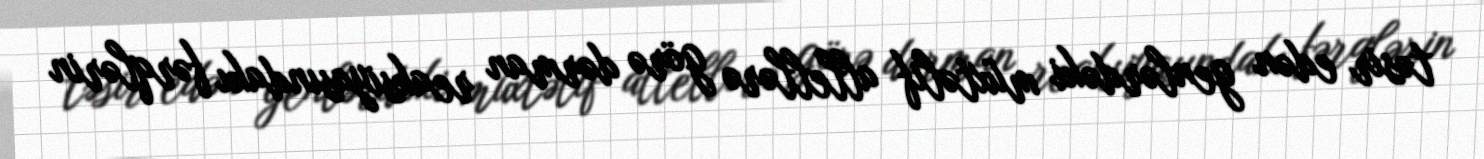
təsir edən genlərdəki müxtəlif allellərə görə dərman reaksiyasındakı fərqlərin